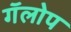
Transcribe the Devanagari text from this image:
गॅलोप